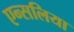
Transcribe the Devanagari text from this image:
एन्सलिया